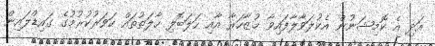
އަދި އެ ކޮމިޝަނުން އެކުލަވާލާފައިވާ މުޒާހަރާ އާއި ހަލަބޮލި ހާލަތުތައް ކަވަރުކުރުމުގެ ގައިޑްލައިން